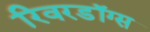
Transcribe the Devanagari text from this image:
रिवरडॉग्स